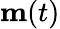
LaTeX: \mathbf m(t)